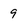
Character: 9